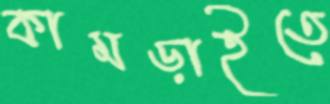
কামড়াইতে